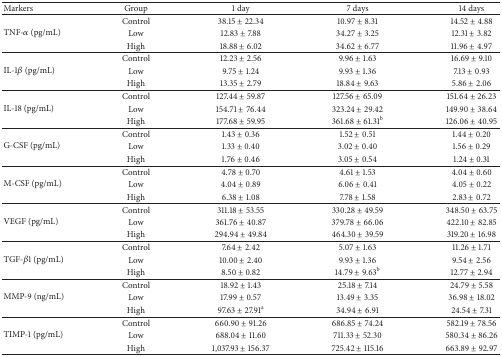
<table><thead><tr><td><b>Markers</b></td><td><b>Group</b></td><td><b>1 day</b></td><td><b>7 days</b></td><td><b>14 days</b></td></tr></thead><tbody><tr><td rowspan="3">TNF-<i>α</i> (pg/mL)</td><td>Control</td><td>38.15 ± 22.34</td><td>10.97 ± 8.31</td><td>14.52 ± 4.88</td></tr><tr><td>Low</td><td>12.83 ± 7.88</td><td>34.27 ± 3.25</td><td>12.31 ± 3.82</td></tr><tr><td>High</td><td>18.88 ± 6.02</td><td>34.62 ± 6.77</td><td>11.96 ± 4.97</td></tr><tr><td rowspan="3">IL-1<i>β</i> (pg/mL)</td><td>Control</td><td>12.23 ± 2.56</td><td>9.96 ± 1.63</td><td>16.69 ± 9.10</td></tr><tr><td>Low</td><td>9.75 ± 1.24</td><td>9.93 ± 1.36</td><td>7.13 ± 0.93</td></tr><tr><td>High</td><td>13.35 ± 2.79</td><td>18.84 ± 9.63</td><td>5.86 ± 2.06</td></tr><tr><td rowspan="3">IL-18 (pg/mL)</td><td>Control</td><td>127.44 ± 59.87</td><td>127.56 ± 65.09</td><td>151.64 ± 26.23</td></tr><tr><td>Low</td><td>154.71 ± 76.44</td><td>323.24 ± 29.42</td><td>149.90 ± 38.64</td></tr><tr><td>High</td><td>177.68 ± 59.95</td><td>361.68 ± 61.31<sup>b</sup></td><td>126.06 ± 40.95</td></tr><tr><td rowspan="3">G-CSF (pg/mL)</td><td>Control</td><td>1.43 ± 0.36</td><td>1.52 ± 0.51</td><td>1.44 ± 0.20</td></tr><tr><td>Low</td><td>1.33 ± 0.40</td><td>3.02 ± 0.40</td><td>1.56 ± 0.29</td></tr><tr><td>High</td><td>1.76 ± 0.46</td><td>3.05 ± 0.54</td><td>1.24 ± 0.31</td></tr><tr><td rowspan="3">M-CSF (pg/mL)</td><td>Control</td><td>4.78 ± 0.70</td><td>4.61 ± 1.53</td><td>4.04 ± 0.60</td></tr><tr><td>Low</td><td>4.04 ± 0.89</td><td>6.06 ± 0.41</td><td>4.05 ± 0.22</td></tr><tr><td>High</td><td>6.38 ± 1.08</td><td>7.78 ± 1.58</td><td>2.83 ± 0.72</td></tr><tr><td rowspan="3">VEGF (pg/mL)</td><td>Control</td><td>311.18 ± 53.55</td><td>330.28 ± 49.59</td><td>348.50 ± 63.75</td></tr><tr><td>Low</td><td>361.76 ± 40.87</td><td>379.78 ± 66.06</td><td>422.10 ± 82.85</td></tr><tr><td>High</td><td>294.94 ± 49.84</td><td>464.30 ± 39.59</td><td>319.20 ± 16.98</td></tr><tr><td rowspan="3">TGF-<i>β</i>1 (pg/mL)</td><td>Control</td><td>7.64 ± 2.42</td><td>5.07 ± 1.63</td><td>11.26 ± 1.71</td></tr><tr><td>Low</td><td>10.00 ± 2.40</td><td>9.93 ± 1.36</td><td>9.54 ± 2.56</td></tr><tr><td>High</td><td>8.50 ± 0.82</td><td>14.79 ± 9.63<sup>b</sup></td><td>12.77 ± 2.94</td></tr><tr><td rowspan="3">MMP-9 (ng/mL)</td><td>Control</td><td>18.92 ± 1.43</td><td>25.18 ± 7.14</td><td>24.79 ± 5.58</td></tr><tr><td>Low</td><td>17.99 ± 0.57</td><td>13.49 ± 3.35</td><td>36.98 ± 18.02</td></tr><tr><td>High</td><td>97.63 ± 27.91<sup>a</sup></td><td>34.94 ± 6.91</td><td>24.54 ± 7.31</td></tr><tr><td rowspan="3">TIMP-1 (pg/mL)</td><td>Control</td><td>660.90 ± 91.26</td><td>686.85 ± 74.24</td><td>582.19 ± 78.56</td></tr><tr><td>Low</td><td>688.04 ± 11.60</td><td>711.33 ± 52.30</td><td>580.34 ± 86.26</td></tr><tr><td>High</td><td>1,037.93 ± 156.37</td><td>725.42 ± 115.16</td><td>663.89 ± 92.97</td></tr></tbody></table>